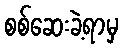
စစ်ဆေးခဲ့ရာမှ